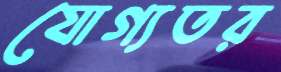
যোগ্যতর